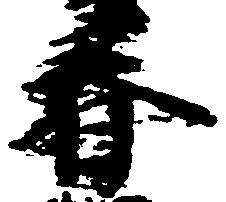
春